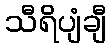
သီရိပျံချီ